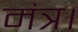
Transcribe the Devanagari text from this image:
मंत्र।